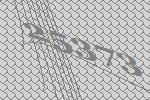
25373